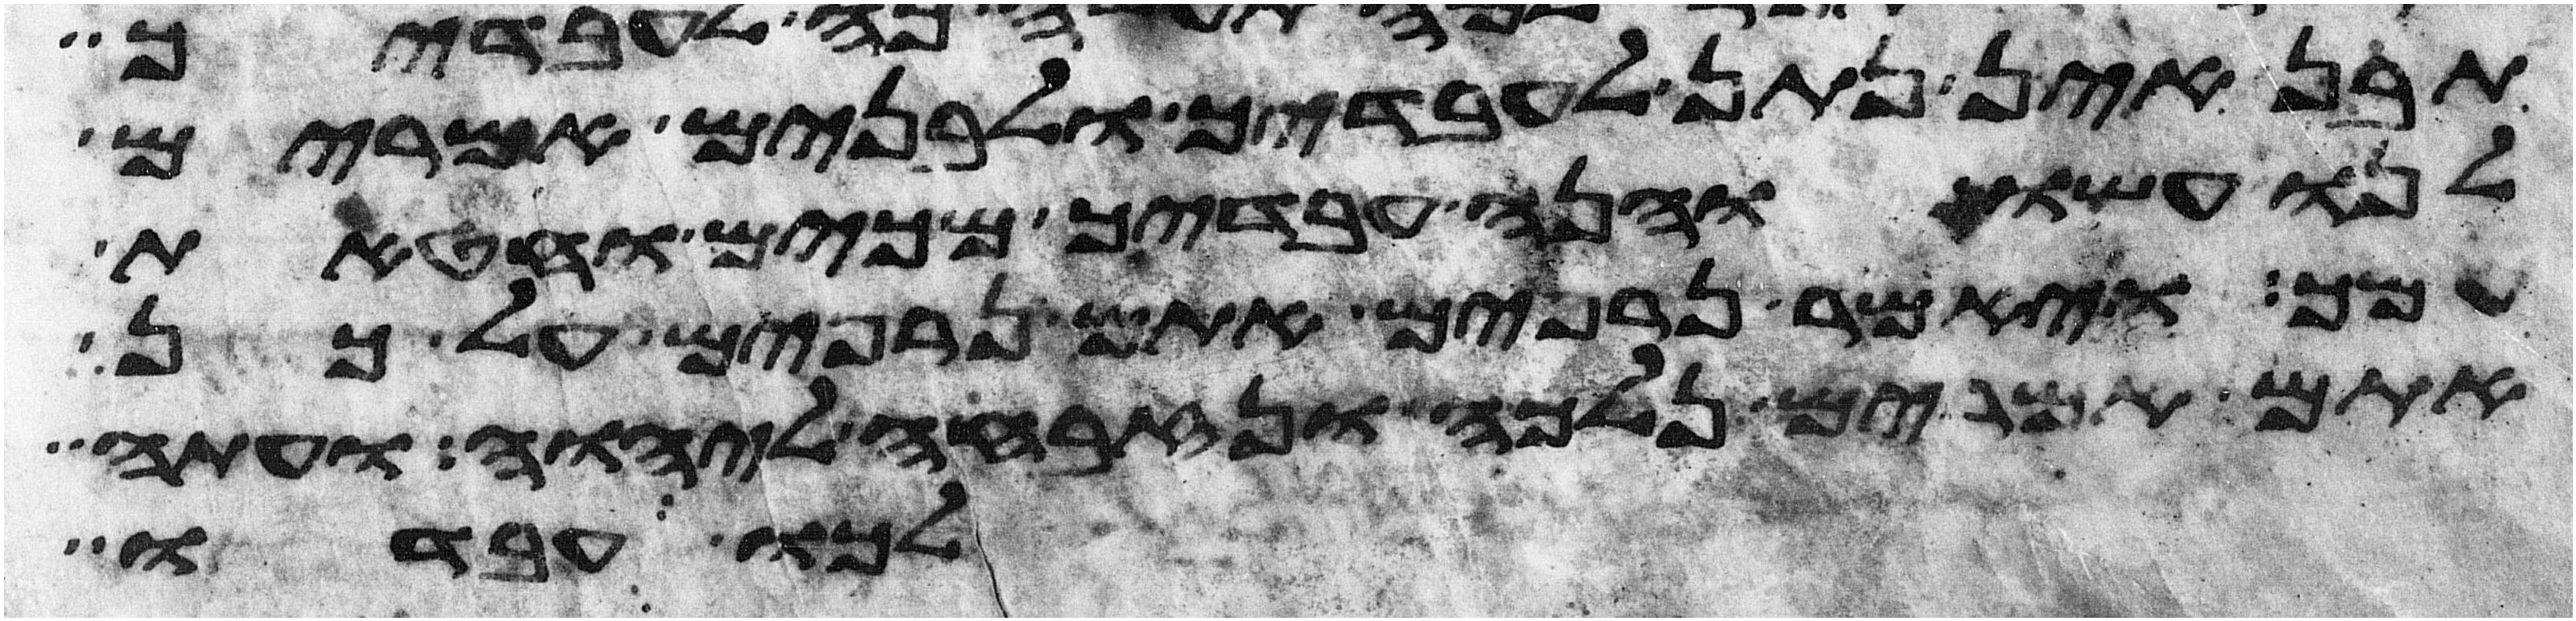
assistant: תבן אין נתן לעבדיך ולבנים אמרים
לנו עשו והנה עבדיך מכים וחטאת
עמך ויאמר נרפים אתם נרפים על כן
אתם אמרים נלכה נזבחה ליהוה ועתה
לכו עבדו